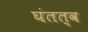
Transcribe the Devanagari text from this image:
घंतत्व